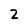
Character: 2